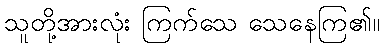
သူတို့အားလုံး ကြက်သေ သေနေကြ၏။